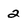
Character: 2